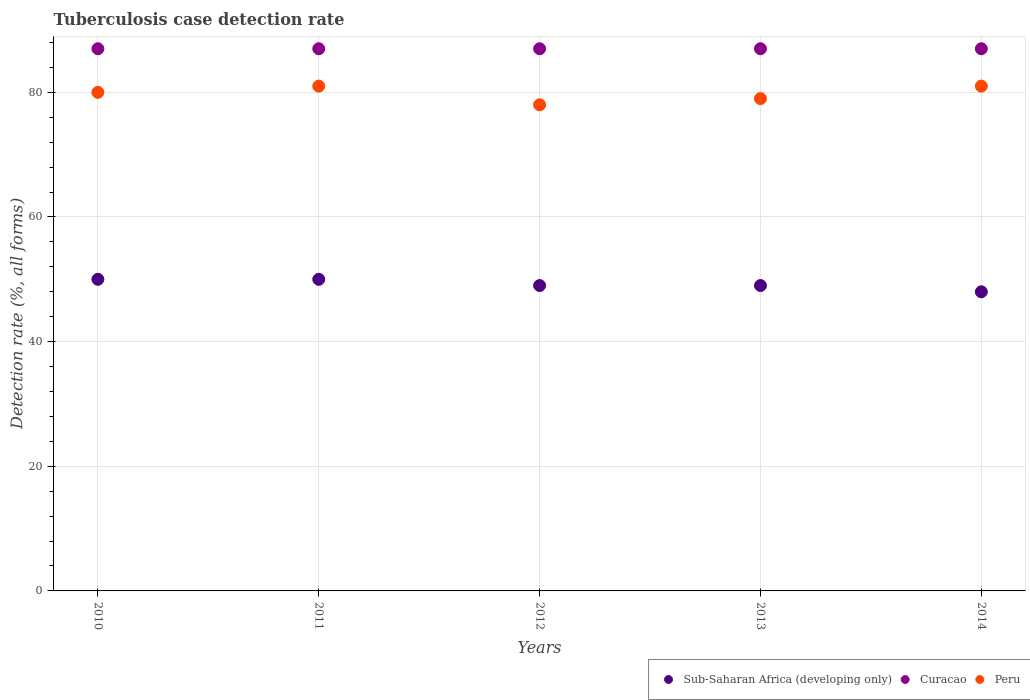
| Years | Sub-Saharan Africa (developing only) | Curacao | Peru |
 | --- | --- | --- | --- |
 | 2010 | 50 | 87 | 80 |
 | 2011 | 50 | 87 | 81 |
 | 2012 | 49 | 87 | 78 |
 | 2013 | 49 | 87 | 79 |
 | 2014 | 48 | 87 | 81 |